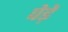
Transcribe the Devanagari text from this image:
पेड़े